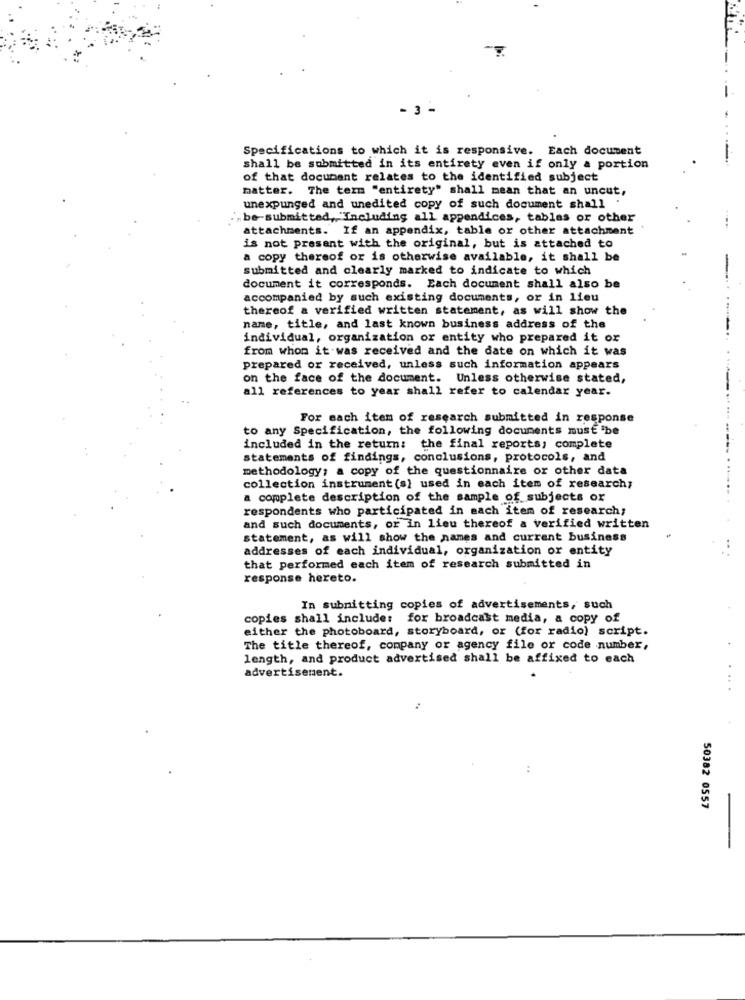
- 3 -
Specifications to which it is responsive. Each document
-
shall be submitted in its entirety even if only a portion
of that document relates to the identified subject
matter. The term "entirety" shall mean that an uncut,
unexpunged and unedited copy of such document shall .
.. be-submitted, "Including all appendices, tables or other
attachments. If an appendix, table or other attachment
is not present with the original, but is attached to
a copy thereof or is otherwise available, it shall be
submitted and clearly marked to indicate to which
-
document it corresponds. Each document shall also be
accompanied by such existing documents, or in lieu
thereof a verified written statement, as will show the
name, title, and last known business address of the
individual, organization or entity who prepared it or
from whom it was received and the date on which it was
prepared or received, unless such information appears
on the face of the document. Unless otherwise stated,
all references to year shall refer to calendar year.
For each item of research submitted in response
to any Specification, the following documents must 'be
included in the return: the final reports, complete
statements of findings, conclusions, protocols, and
methodology; a copy of the questionnaire or other data
collection instrument (s) used in each item of research;
a complete description of the sample of subjects ox
respondents who participated in each item of research;
and such documents, or in lieu thereof a verified written
statement, as will show the names and current business
addresses of each individual, organization or entity
that performed each item of research submitted in
response hereto.
In submitting copies of advertisements, such
copies shall include: for broadcast media, a copy of
either the photoboard, storyboard, or (for radio) script.
The title thereof, company or agency file or code number,
length, and product advertised shall be affixed to each
advertisement.
50382 0557